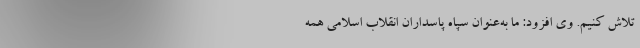
تلاش کنیم. وی افزود: ما به‌عنوان سپاه پاسداران انقلاب اسلامی همه